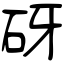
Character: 砑